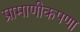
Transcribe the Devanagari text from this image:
प्रामाणीकपणा